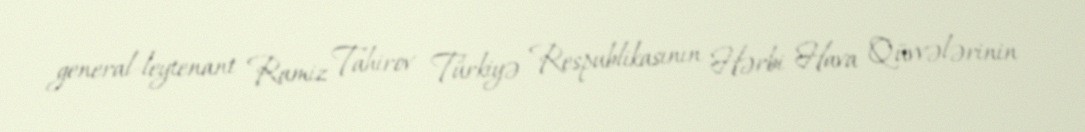
general-leytenant Ramiz Tahirov Türkiyə Respublikasının Hərbi Hava Qüvvələrinin